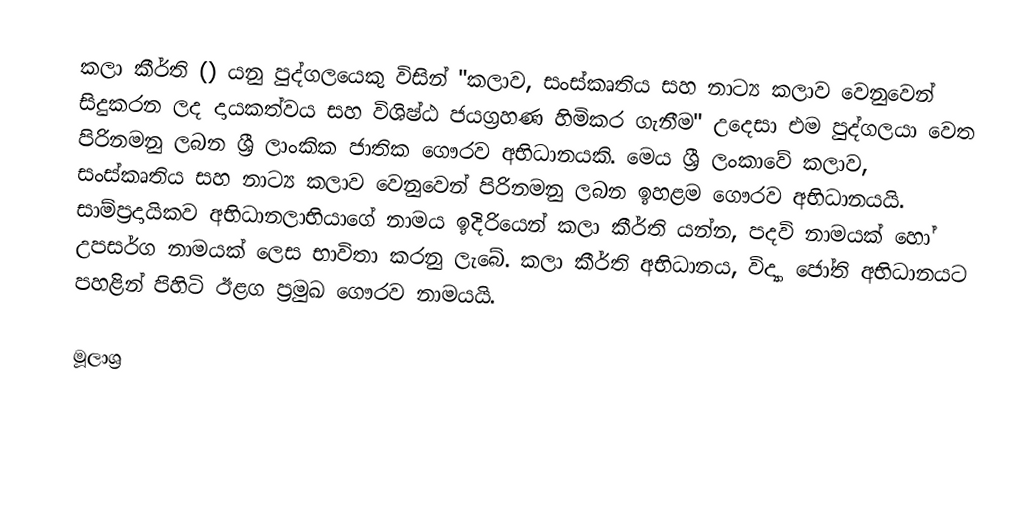
කලා කීර්ති () යනු පුද්ගලයෙකු විසින් "කලාව, සංස්කෘතිය සහ නාට්‍ය කලාව වෙනුවෙන් සිදුකරන ලද දායකත්වය සහ විශිෂ්ඨ ජයග්‍රහණ හිමිකර ගැනීම" උදෙසා එම පුද්ගලයා වෙත පිරිනමනු ලබන ශ්‍රී ලාංකික ජාතික ගෞරව අභිධානයකි. මෙය ශ්‍රී ලංකාවේ කලාව, සංස්කෘතිය සහ නාට්‍ය කලාව වෙනුවෙන් පිරිනමනු ලබන ඉහළම ගෞරව අභිධානයයි. සාම්ප්‍රදායිකව අභිධානලාභියාගේ නාමය ඉදිරියෙන් කලා කීර්ති යන්න, පදවි නාමයක් හෝ උපසර්ග නාමයක් ලෙස භාවිතා කරනු ලැබේ. කලා කීර්ති අභිධානය, විද්‍යා ජෝති අභිධානයට පහළින් පිහිටි ඊළග ප්‍රමුඛ ගෞරව නාමයයි.

මූලාශ්‍ර